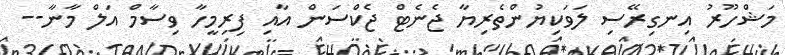
މަޝްހޫރު އިނގިރޭސި ލަވަކިޔުންތެރިޔާ ޖެނެޓް ޖެކްސަން އާއި ފިރިމީހާ ވިސާމް އަލް މާނާ--